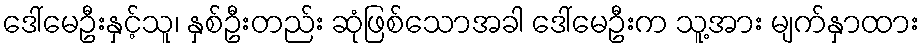
ဒေါ်မေဦးနှင့်သူ၊ နှစ်ဦးတည်း ဆုံဖြစ်သောအခါ ဒေါ်မေဦးက သူ့အား မျက်နှာထား